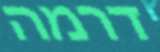
דרמה